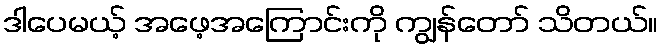
ဒါပေမယ့် အဖေ့အကြောင်းကို ကျွန်တော် သိတယ်။